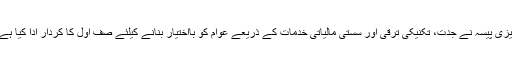
ایزی پیسہ نے جدت، تکنیکی ترقی اور سستی مالیاتی خدمات کے ذریعے عوام کو بااختیار بنانے کیلئے صف اول کا کردار ادا کیا ہے۔